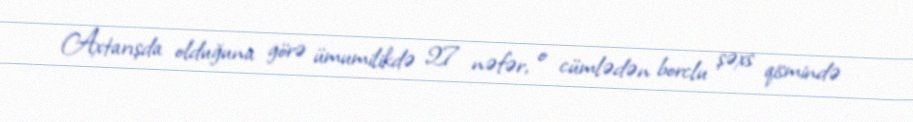
Axtarışda olduğuna görə ümumilikdə 27 nəfər, o cümlədən borclu şəxs qismində